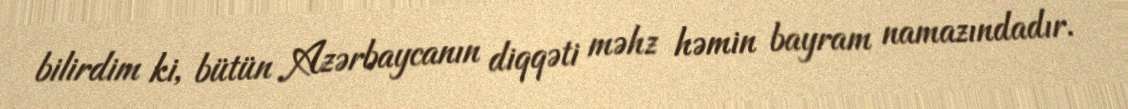
bilirdim ki, bütün Azərbaycanın diqqəti məhz həmin bayram namazındadır.